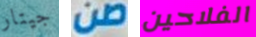
جيتار صن الفلاحين